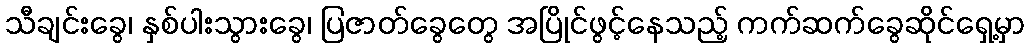
သီချင်းခွေ၊ နှစ်ပါးသွားခွေ၊ ပြဇာတ်ခွေတွေ အပြိုင်ဖွင့်နေသည့် ကက်ဆက်ခွေဆိုင်ရှေ့မှာ